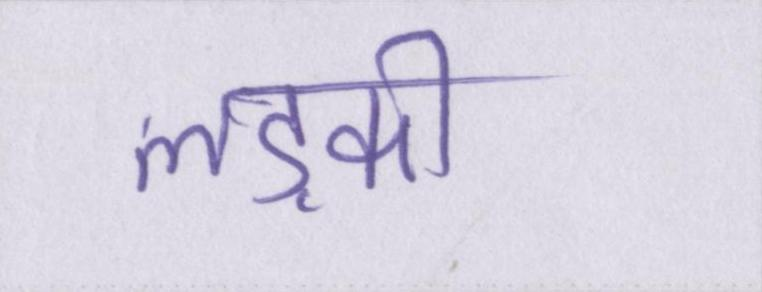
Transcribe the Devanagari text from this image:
लड़की